Civil Veterinary Department Bihar reports 1936-40 - 1936-1940
Year: 1936
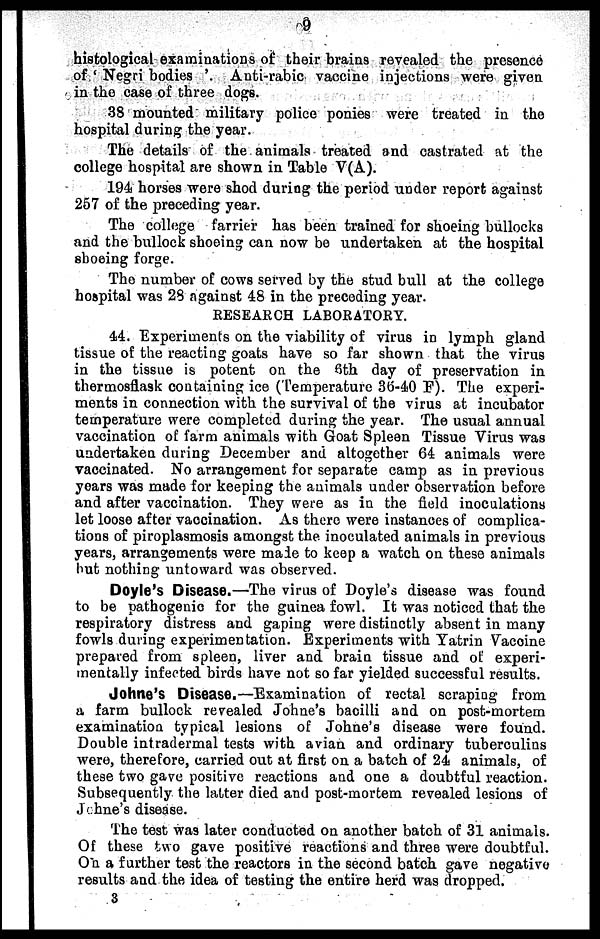
9
histological examinations of their brains revealed the presence
of 'Negri bodies'. Anti-rabic vaccine injections were given
in the case of three dogs.
38 mounted military police ponies were treated in the
hospital during the year.
The details of the animals treated and castrated at the
college hospital are shown in Table V(A).
194 horses were shod during the period under report against
257 of the preceding year.
The college farrier has been trained for shoeing bullocks
and the bullock shoeing can now be undertaken at the hospital
shoeing forge.
The number of cows served by the stud bull at the college
hospital was 28 against 48 in the preceding year.
RESEARCH LABORATORY.
44. Experiments on the viability of virus in lymph gland
tissue of the reacting goats have so far shown that the virus
in the tissue is potent on the 6th day of preservation in
thermosflask containing ice (Temperature 36-40 F). The experi-
ments in connection with the survival of the virus at incubator
temperature were completed during the year. The usual annual
vaccination of farm animals with Goat Spleen Tissue Virus was
undertaken during December and altogether 64 animals were
vaccinated. No arrangement for separate camp as in previous
years was made for keeping the animals under observation before
and after vaccination. They were as in the field inoculations
let loose after vaccination. As there were instances of complica-
tions of piroplasmosis amongst the inoculated animals in previous
years, arrangements were made to keep a watch on these animals
but nothing untoward was observed.
Doyle's Disease.—The virus of Doyle's disease was found
to be pathogenic for the guinea fowl. It was noticed that the
respiratory distress and gaping were distinctly absent in many
fowls during experimentation. Experiments with Yatrin Vaccine
prepared from spleen, liver and brain tissue and of experi-
mentally infected birds have not so far yielded successful results.
Johne's Disease.—Examination of rectal scraping from
a farm bullock revealed Johne's bacilli and on post-mortem
examination typical lesions of Johne's disease were found.
Double intradermal tests with avian and ordinary tuberculins
were, therefore, carried out at first on a batch of 24 animals, of
these two gave positive reactions and one a doubtful reaction.
Subsequently the latter died and post-mortem revealed lesions of
Johne's disease.
The test was later conducted on another batch of 31 animals.
Of these two gave positive reactions and three were doubtful.
On a further test the reactors in the second batch gave negative
results and the idea of testing the entire herd was dropped.
3